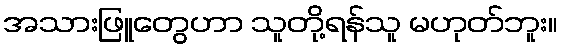
အသားဖြူတွေဟာ သူတို့ရန်သူ မဟုတ်ဘူး။